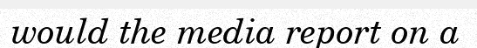
would the media report on a